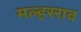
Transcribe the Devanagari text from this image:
मल्हरराव